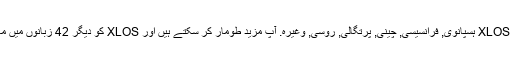
واپسی کے طور پر ، ہم کی مخفف کا ترجمہ کیا ہے XLOS ہسپانوی, فرانسیسی, چینی, پرتگالی, روسی, وغیرہ. آپ مزید طومار کر سکتے ہیں اور XLOS کو دیگر 42 زبانوں میں معنی تلاش کرنے کے لیے زبان مینیو پر کلک کریں ۔